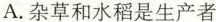
A.杂草和水稻是生产者